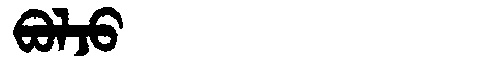
Manchu: ᠪᠣᠯᠵᠣ
Romanization: BOLJO